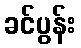
ခင်ပွန်း